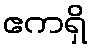
ဧကရှိ